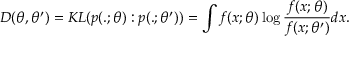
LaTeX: D ( \theta , \theta ^ { \prime } ) = K L ( p ( . ; \theta ) : p ( . ; \theta ^ { \prime } ) ) = \int f ( x ; \theta ) \log { \frac { f ( x ; \theta ) } { f ( x ; \theta ^ { \prime } ) } } d x .